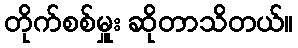
တိုက်စစ်မှူး ဆိုတာသိတယ်။